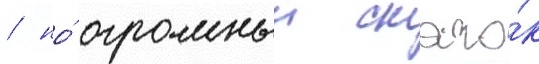
/ но́ огромныи скачо́к